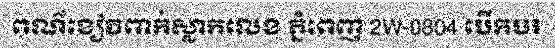
ពណ៌ខៀវពាក់ស្លាកលេខ ភ្នំពេញ 2W-0804 បើកបរ